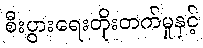
စီးပွားရေးတိုးတက်မှုနှင့်